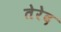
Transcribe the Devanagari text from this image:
तेरेद